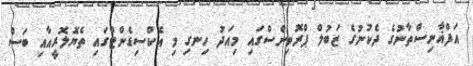
އަފްޣާނިސްތާނުގެ ދެކުނުގެ ޒަބުލް ޕްރޮވިންސްގައި މިއަދު ހިނގި މި އެކްސިޑެންޓްގައި ތެޔޮލޮރީއާއި ބަސް